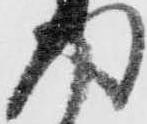
得